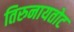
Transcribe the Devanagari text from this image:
तिरुनायतोट